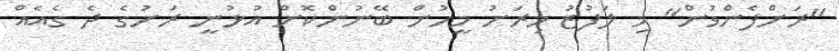
"ރަށްފެންވުން" މި ލަފުޒު މިރަށު މީހުން ބޭނުންކޮށް އުޅުނީ ރަށުގެ ދެ ގެއެއް